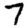
Digit: 7